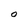
Character: O